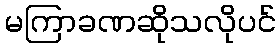
မကြာခဏဆိုသလိုပင်